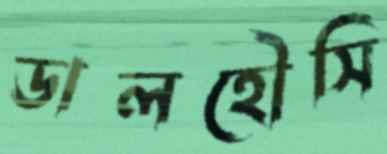
ডালহৌসি